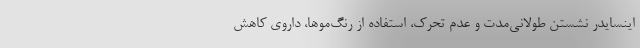
اینسایدر نشستن طولانی‌مدت و عدم تحرک، استفاده از رنگ‌موها، داروی کاهش